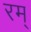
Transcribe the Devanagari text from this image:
रम्